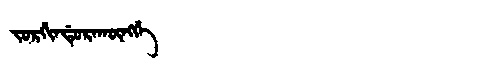
Manchu: ᠵᠣᡵᡤᡳᠨᡩᡠᡵᠠᡴᡡᠩᡤᡝ
Romanization: JORGINDURAKŪNGGE